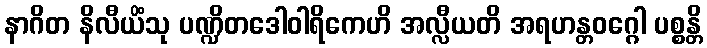
နာဂိတ နိလီယိံသု ပဏ္ဍိတဒေါဝါရိကေဟိ အလ္လီယတိ အရဟန္တဝဂ္ဂေါ ပစ္စန္တိ